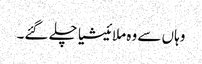
وہاں سے وہ ملائیشیا چلے گئے۔